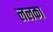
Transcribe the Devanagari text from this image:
ललका